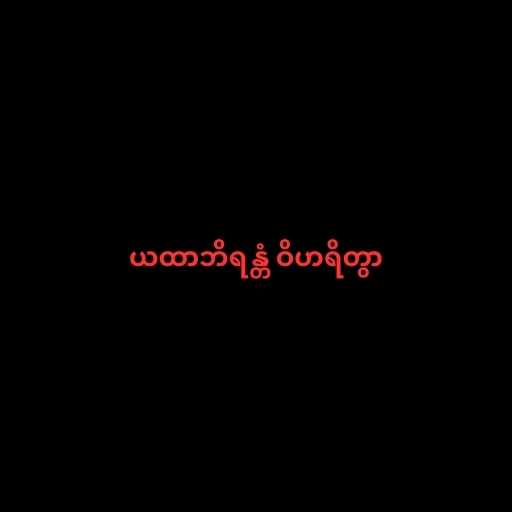
ယထာဘိရန္တံ ဝိဟရိတွာ